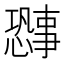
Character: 𫻐